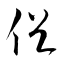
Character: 促